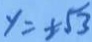
y = \pm \sqrt { 3 }